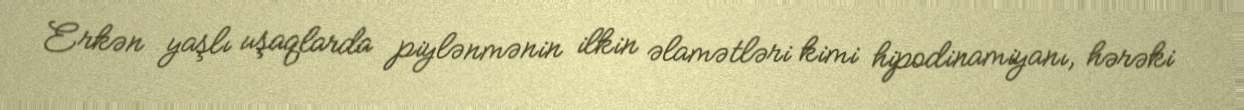
Erkən yaşlı uşaqlarda piylənmənin ilkin əlamətləri kimi hipodinamiyanı, hərəki